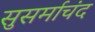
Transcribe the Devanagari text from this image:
सुसर्माचंद